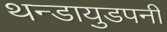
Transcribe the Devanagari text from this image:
थन्डायुडपनी